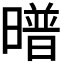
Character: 𭧱